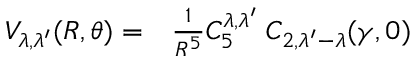
\begin{array} { r l } { V _ { \lambda , \lambda ^ { \prime } } ( R , \theta ) = } & { { } \frac { 1 } { R ^ { 5 } } C _ { 5 } ^ { \lambda , \lambda ^ { \prime } } \; { \cal C } _ { 2 , \lambda ^ { \prime } - \lambda } ( \gamma , 0 ) } \end{array}